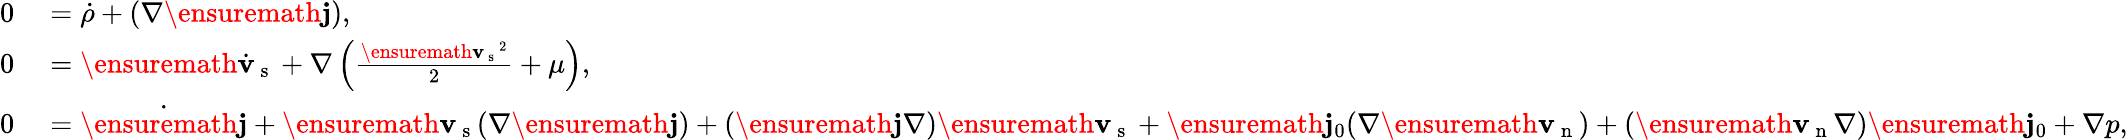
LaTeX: \begin{array}{rl}{0}&{{}=\dot{\rho}+(\nabla\ensuremath{\mathbf{j}}),}\\ {0}&{{}=\ensuremath{\dot{\mathbf{v}}_{\mathrm{~s~}}}+\nabla\left(\frac{\ensuremath{\mathbf{v}_{\mathrm{~s~}}}^{2}}{2}+\mu\right),}\\ {0}&{{}=\dot{\ensuremath{\mathbf{j}}}+\ensuremath{\mathbf{v}_{\mathrm{~s~}}}(\nabla\ensuremath{\mathbf{j}})+(\ensuremath{\mathbf{j}}\nabla)\ensuremath{\mathbf{v}_{\mathrm{~s~}}}+\ensuremath{\mathbf{j}_{0}}(\nabla\ensuremath{\mathbf{v}_{\mathrm{~n~}}})+(\ensuremath{\mathbf{v}_{\mathrm{~n~}}}\nabla)\ensuremath{\mathbf{j}_{0}}+\nabla p,}\end{array}